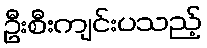
ဦးစီးကျင်းပသည့်